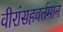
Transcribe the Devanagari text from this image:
वीरांसहवर्तमान